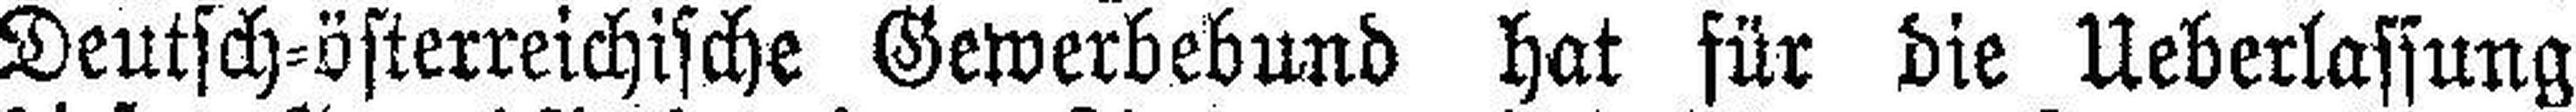
Deutsch=österreichische Gewerbebund hat für die Ueberlassung